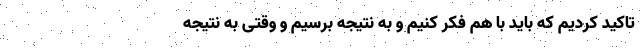
تاکید کردیم که باید با هم فکر کنیم و به نتیجه برسیم و وقتی به نتیجه